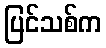
ပြင်သစ်က